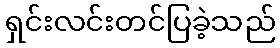
ရှင်းလင်းတင်ပြခဲ့သည်